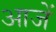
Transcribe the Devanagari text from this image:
आजें